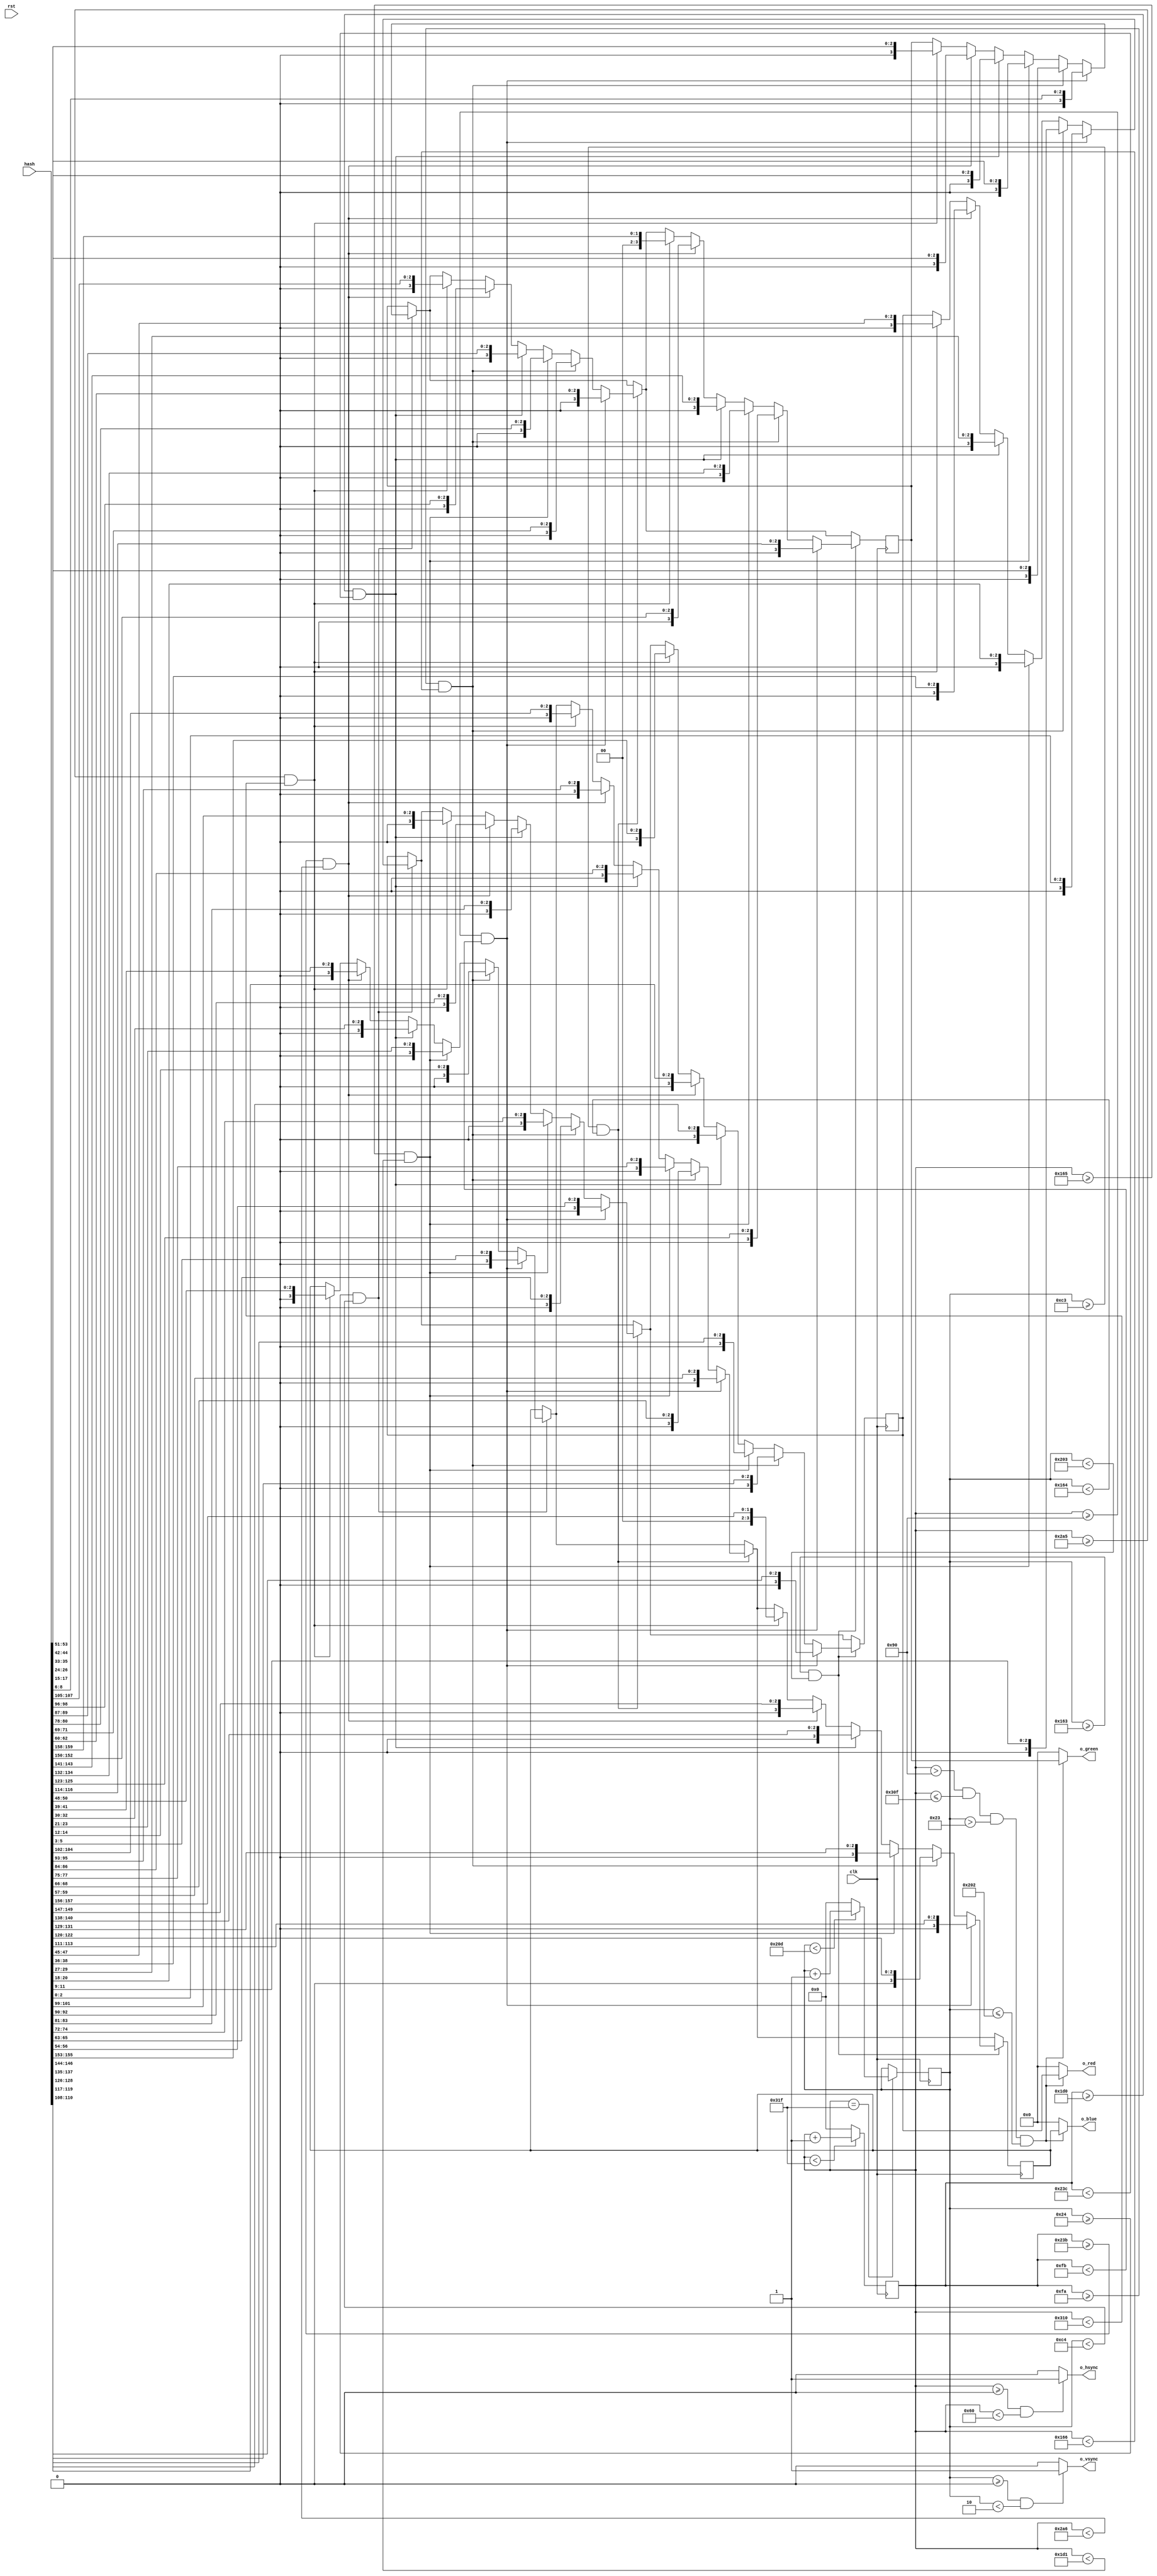
module vga_driver(
	input clk,           // 50 MHz
    input rst,
    input [159:0] hash,
    output o_hsync,      // horizontal sync
    output o_vsync,         // vertical sync
    output [3:0] o_red,
    output [3:0] o_blue,
    output [3:0] o_green  
);

reg [9:0] counter_x = 0;  // horizontal counter
reg [9:0] counter_y = 0;  // vertical counter
reg [3:0] r_red = 0;
reg [3:0] r_blue = 0;
reg [3:0] r_green = 0;

/////////////////////////////////////////////////////////////////////////////////////////////////////////////////////////////////
// clk divider 50 MHz to 25 MHz
 
// end clk divider 50 MHz to 25 MHz

/////////////////////////////////////////////////////////////////////////////////////////////////////////////////////////////////
// counter and sync generation
always @(posedge clk)  // horizontal counter
    begin 
        if (counter_x < 799)
            counter_x <= counter_x + 1;  // horizontal counter (including off-screen horizontal 160 pixels) total of 800 pixels 
        else
            counter_x <= 0;              
    end  // always 

always @ (posedge clk)  // vertical counter
    begin 
        if (counter_x == 799)  // only counts up 1 count after horizontal finishes 800 counts
            begin
                if (counter_y < 525)  // vertical counter (including off-screen vertical 45 pixels) total of 525 pixels
                    counter_y <= counter_y + 1;
                else
                    counter_y <= 0;              
            end  // if (counter_x...
    end  // always
// end counter and sync generation  

/////////////////////////////////////////////////////////////////////////////////////////////////////////////////////////////////
// hsync and vsync output assignments
assign o_hsync = (counter_x >= 0 && counter_x < 96) ? 1:0;  // hsync high for 96 counts                                                 
assign o_vsync = (counter_y >= 0 && counter_y < 2) ? 1:0;   // vsync high for 2 counts
// end hsync and vsync output assignments

/////////////////////////////////////////////////////////////////////////////////////////////////////////////////////////////////
// pattern generate
    always @ (posedge clk)
    begin
        ////////////////////////////////////////////////////////////////////////////////////// ROW1
        if (counter_y >= 36 && counter_y < 196) begin              
            if (counter_x >= 144 && counter_x < 251) //COL1
                begin 
                    r_red <= {0,hash[2:0]};
                    r_blue <= {0,hash[5:3]};
                    r_green <= {0,hash[8:6]};
                end
            else 
            if (counter_x >= 250 && counter_x < 358) //COL2
                begin 
                    r_red <= {0,hash[11:9]};
                    r_blue <= {0,hash[14:12]};
                    r_green <= {0,hash[17:15]};
                end
            else 
            if (counter_x >= 357 && counter_x < 465) //COL3
                begin 
                    r_red <= {0,hash[20:18]};
                    r_blue <= {0,hash[23:21]};
                    r_green <= {0,hash[26:24]};
                end
            else 
            if (counter_x >= 464 && counter_x < 572) //COL4
                begin 
                    r_red <= {0,hash[29:27]};
                    r_blue <= {0,hash[32:30]};
                    r_green <= {0,hash[35:33]};
                end
            else 
            if (counter_x >= 571 && counter_x < 678) //COL5
                begin 
                    r_red <= {0,hash[38:36]};
                    r_blue <= {0,hash[41:39]};
                    r_green <= {0,hash[44:42]};
                end
            else 
            if (counter_x >= 677 && counter_x < 784) //COL6
                begin 
                    r_red <= {0,hash[47:45]};
                    r_blue <= {0,hash[50:48]};
                    r_green <= {0,hash[53:51]};
                end
        end //counter_y >= 145 && counter_y < 250
        ////////////////////////////////////////////////////////////////////////////////////// END ROW1
        
        ////////////////////////////////////////////////////////////////////////////////////// ROW2
        if (counter_y >= 195 && counter_y < 356) begin              
            if (counter_x >= 144 && counter_x < 251) //COL1
                begin 
                    r_red <= {0,hash[56:54]};
                    r_blue <= {0,hash[59:57]};
                    r_green <= {0,hash[62:60]};
                end
            else 
            if (counter_x >= 250 && counter_x < 358) //COL2
                begin 
                    r_red <= {0,hash[65:63]};
                    r_blue <= {0,hash[68:66]};
                    r_green <= {0,hash[71:69]};
                end
            else 
            if (counter_x >= 357 && counter_x < 465) //COL3
                begin 
                    r_red <= {0,hash[74:72]};
                    r_blue <= {0,hash[77:75]};
                    r_green <= {0,hash[80:78]};
                end
            else 
            if (counter_x >= 464 && counter_x < 572) //COL4
                begin 
                    r_red <= {0,hash[83:81]};
                    r_blue <= {0,hash[86:84]};
                    r_green <= {0,hash[89:87]};
                end
            else 
            if (counter_x >= 571 && counter_x < 678) //COL5
                begin 
                    r_red <= {0,hash[92:90]};
                    r_blue <= {0,hash[95:93]};
                    r_green <= {0,hash[98:96]};
                end
            else 
            if (counter_x >= 677 && counter_x < 784) //COL6
                begin 
                    r_red <= {0,hash[101:99]};
                    r_blue <= {0,hash[104:102]};
                    r_green <= {0,hash[107:105]};
                end
        end //counter_y >= 195 && counter_y < 356
        ////////////////////////////////////////////////////////////////////////////////////// END ROW2
        
        ////////////////////////////////////////////////////////////////////////////////////// ROW3
        if (counter_y >= 355 && counter_y < 515) begin              
            if (counter_x >= 144 && counter_x < 251) //COL1
                begin 
                    r_red <= {0,hash[110:108]};
                    r_blue <= {0,hash[113:111]};
                    r_green <= {0,hash[116:114]};
                end
            else 
            if (counter_x >= 250 && counter_x < 358) //COL2
                begin 
                    r_red <= {0,hash[119:117]};
                    r_blue <= {0,hash[122:120]};
                    r_green <= {0,hash[125:123]};
                end
            else 
            if (counter_x >= 357 && counter_x < 465) //COL3
                begin 
                    r_red <= {0,hash[128:126]};
                    r_blue <= {0,hash[131:129]};
                    r_green <= {0,hash[134:132]};
                end
            else 
            if (counter_x >= 464 && counter_x < 572) //COL4
                begin 
                    r_red <= {0,hash[137:135]};
                    r_blue <= {0,hash[140:138]};
                    r_green <= {0,hash[143:141]};
                end
            else 
            if (counter_x >= 571 && counter_x < 678) //COL5
                begin 
                    r_red <= {0,hash[146:144]};
                    r_blue <= {0,hash[149:147]};
                    r_green <= {0,hash[152:150]};
                end
            else 
            if (counter_x >= 677 && counter_x < 784) //COL6
                begin 
                    r_red <= {0,hash[155:153]};
                    r_blue <= {2'b0,hash[157:156]};
                    r_green <= {2'b0,hash[159:158]};
                end
        end //counter_y >= 355 && counter_y < 515
        ////////////////////////////////////////////////////////////////////////////////////// END ROW3

    end  // always
                    
// end pattern generate

/////////////////////////////////////////////////////////////////////////////////////////////////////////////////////////////////
// color output assignments
// only output the colors if the counters are within the adressable video time constraints
assign o_red = (counter_x > 144 && counter_x <= 783 && counter_y > 35 && counter_y <= 514) ? r_red : 4'h0;
assign o_blue = (counter_x > 144 && counter_x <= 783 && counter_y > 35 && counter_y <= 514) ? r_blue : 4'h0;
assign o_green = (counter_x > 144 && counter_x <= 783 && counter_y > 35 && counter_y <= 514) ? r_green : 4'h0;
// end color output assignments

endmodule